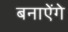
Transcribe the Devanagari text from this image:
बनाऐंगे